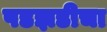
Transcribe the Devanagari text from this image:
पडझडीचा